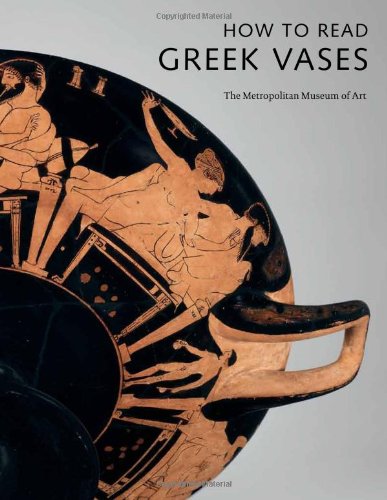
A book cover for How to Read Greek Vases (Metropolitan Museum of Art); Joan R. Mertens; Crafts, Hobbies & Home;